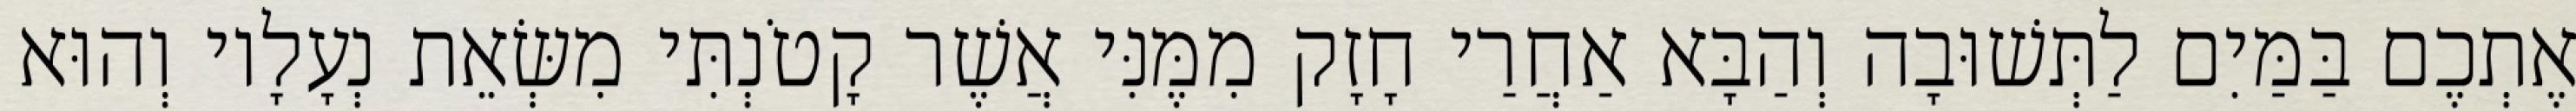
אֶתְכֶם בַּמַּיִם לַתְּשׁוּבָה וְהַבָּא אַחֲרַי חָזָק מִמֶּנִּי אֲשֶׁר קָטֹנְתִּי מִשְּׂאֵת נְעָלָיו וְהוּא